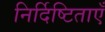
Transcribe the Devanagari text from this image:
निर्दिष्टिताएँ